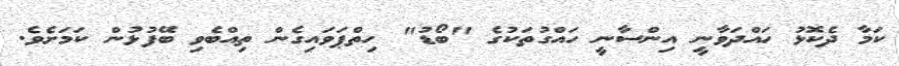
ކަމާ ދެކޮޅު ހައްދަވާނީ އިންސާނީ ހައްގުތަކުގެ "ބޯޑު" ހިތްޕަވައިގެން ތިއްބެވި ބޭފުޅުން ކަމަށެވެ.